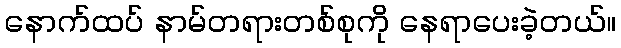
နောက်ထပ် နာမ်တရားတစ်စုကို နေရာပေးခဲ့တယ်။